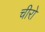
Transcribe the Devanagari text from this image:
चीरो